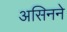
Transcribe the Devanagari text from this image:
असिनने